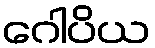
ဂေါပိယ